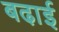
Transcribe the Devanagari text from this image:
बढा़ई